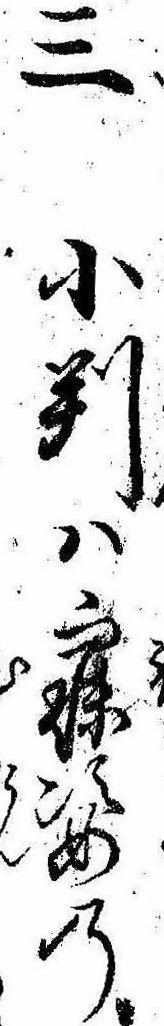
三小判は寐姿の